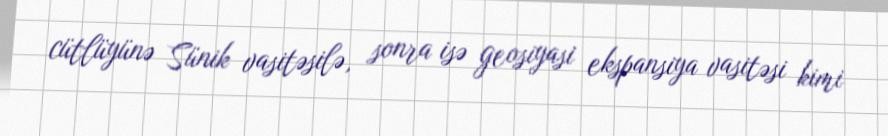
cütlüyünə Sünik vasitəsilə, sonra isə geosiyasi ekspansiya vasitəsi kimi